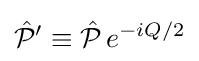
{\hat {\mathcal {P}}}'\equiv {\hat {\mathcal {P}}}\,e^{-{iQ}/{2}}